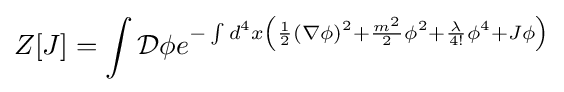
Z[J]=\int {\mathcal {D}}\phi e^{-\int d^{4}x\left({1 \over 2}(\nabla \phi )^{2}+{m^{2} \over 2}\phi ^{2}+{\lambda  \over 4!}\phi ^{4}+J\phi \right)}